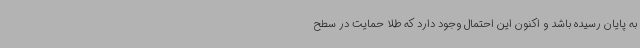
به پایان رسیده باشد و اکنون این احتمال وجود دارد که طلا حمایت در سطح